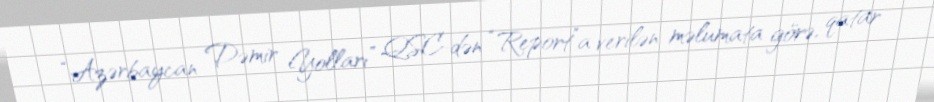
“Azərbaycan Dəmir Yolları” QSC-dən “Report”a verilən məlumata görə, qatar